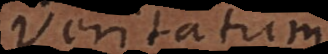
veritatum